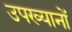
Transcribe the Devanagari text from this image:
उपख्यानों